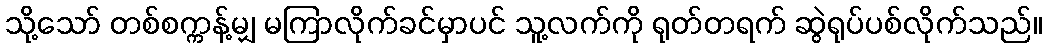
သို့သော် တစ်စက္ကန့်မျှ မကြာလိုက်ခင်မှာပင် သူ့လက်ကို ရုတ်တရက် ဆွဲရုပ်ပစ်လိုက်သည်။